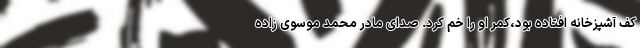
کف آشپزخانه افتاده بود،کمر او را خم کرد. صدای مادر محمد موسوی زاده